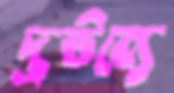
দ্রষ্টব্যে